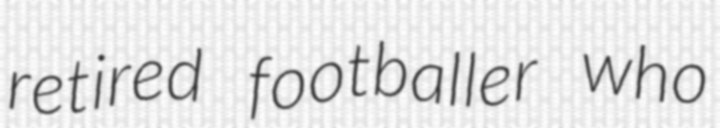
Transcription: retired footballer who